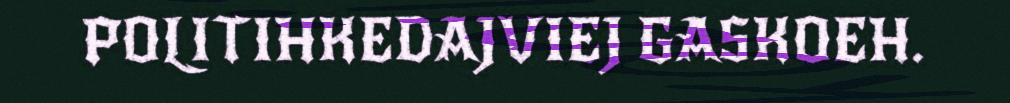
POLITIHKEDAJVIEJ GASKOEH.